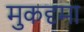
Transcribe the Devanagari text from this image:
मुकदृमा